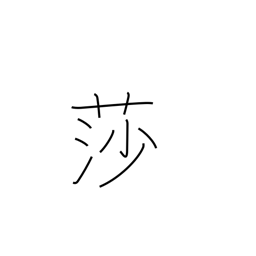
Meaning: sedge